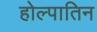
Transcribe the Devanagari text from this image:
होल्पातिन